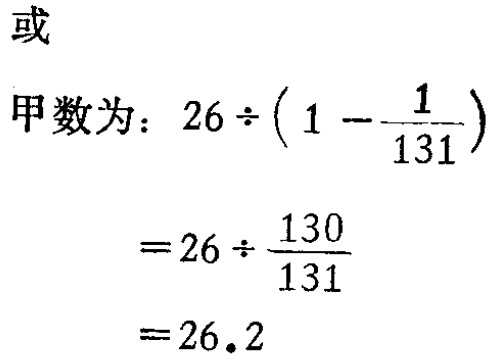
或
甲数为：\(26\div\left(1 - \dfrac{1}{131}\right)\)
\(=26\div\dfrac{130}{131}\)
\(=26.2\)